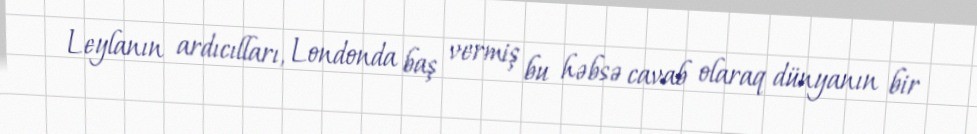
Leylanın ardıcılları, Londonda baş vermiş bu həbsə cavab olaraq dünyanın bir